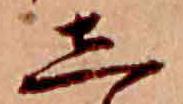
し